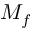
M _ { f }